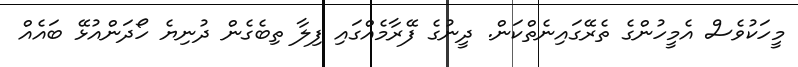
މީހަކުވެސް އެމީހުންގެ ތެރޭގައިނެތްކަން. ދީނުގެ ފޭރާމެއްގައި ފިލާ ތިބެގެން ދުނިޔެ ހޯދަންއުޅޭ ބައެއް